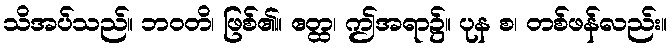
သိအပ်သည်။ ဘဝတိ၊ ဖြစ်၏။ ဧတ္ထ၊ ဤအရာ၌။ ပုန စ၊ တစ်ဖန်လည်း။